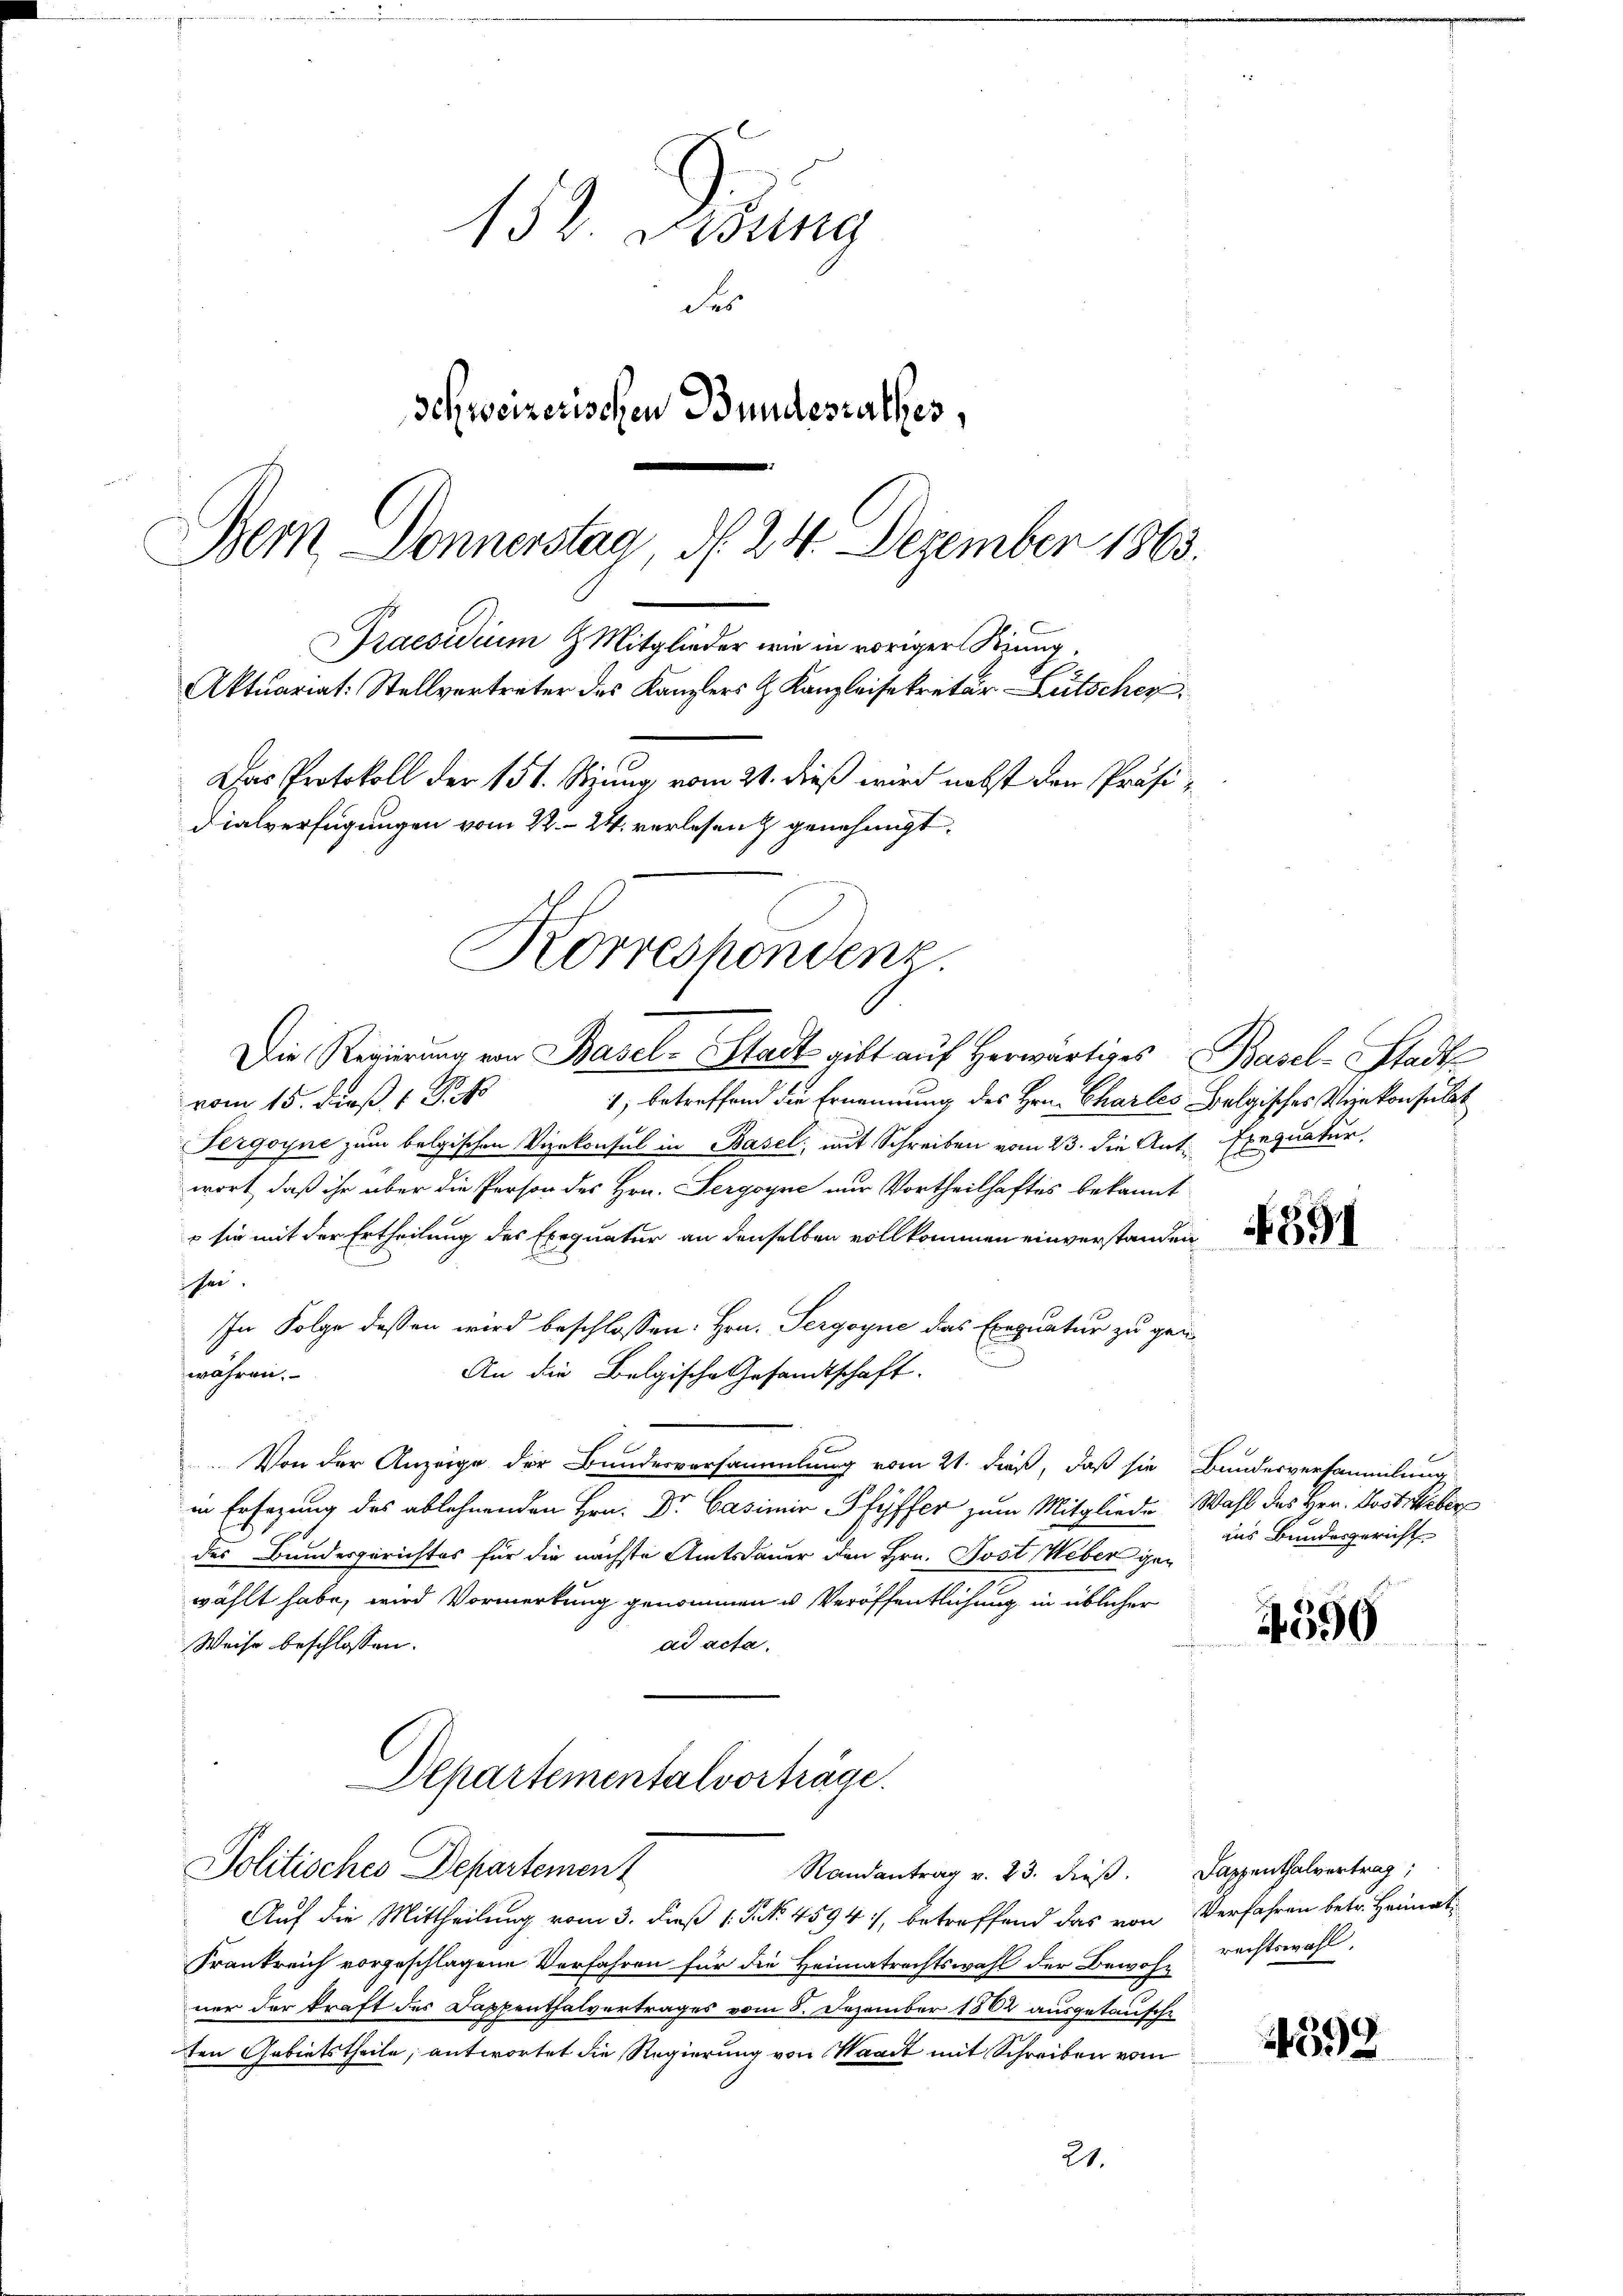
152 Didung
des
Schweizerischen Bundesrathes,
Bern Donnerstag, d. 24. Dezember 1863.
Praesidium & Mitglieder wie in voriger Kinng,
Aktuariat: Stellvertreter des Kanzlers & Kanzleisekretär Lütschen.
Das Protokoll der 151. Stzung vom 21. dieß wird nebst den Präsidialverfügungen vom 22. 24. verlesen & genehmigt.

Korreshondenz.

Die Regierŭng von Basel-Stadt gibt aŭf herwärtiges Basel-Stadt
vom 15. daß 1 Pfo
1) betreffend die Ernennung des Hrn. Charles Belgisches Weinkonsult
Sergoyne zum belgischen Vizekonsul in Basel; mit Schreiben vom 23. die Ant. Exequatur
wort, daß ihr über die Person des Hrn. Sergoyne nur Vortheilhaftes bekannt
 sie mit der Ertheilung des Exequatur an denselben vollkommen einverstanden
isen.
In Folge dessen wird beschlossen: Hrn. Sergogne das Exequatur zu gen
währen.
An die Belgische Gesandtschaft.
Von der Anzeige der Bundesversammlung vom 21. dieß, daß sie Bundesversammlung
in Ersezung des ablehnenden Hrn. Dr. Casimir Pfyffer zum Mitgliede Wahl des Hrn. Lostreber
des Bundesgerichtes für die nächste Amtsdauer den Hrn. Post Weber gewählt habe, wird Vormerkung genommen u. Veröffentlichung in üblicher
Weise beschlossen:
ad acta.
Departementalvorträge.
Politisches Departement
Randantrag v. 23. dieß. Sappenthalvertrag;
Auf die Mittheilung vom 3. dieß P. Nr. 4594), betreffend das von Verfahren betr. Heimat¬
Frankreich vorgeschlagene Verfahren für die Heimatrechtswahl der Bewohnrechtswahl,
ner der kraft des Dappenthalvertrages vom 8. Dezember 1882 ausgetausche
ten Gebietstheile, antwortet die Regierung von Waadt mit Schreiben vom
21.

aus Bundesgericht

4590

392